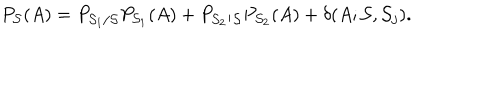
P _ { { \cal S } } ( A ) = P _ { { \cal S } _ { 1 } / { \cal S } } P _ { { \cal S } _ { 1 } } ( A ) + P _ { { \cal S } _ { 2 } / { \cal S } } P _ { { \cal S } _ { 2 } } ( A ) + \delta ( A ; { \cal S } , { \cal S } _ { j } ) .